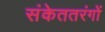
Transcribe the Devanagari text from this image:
संकेततरंगों